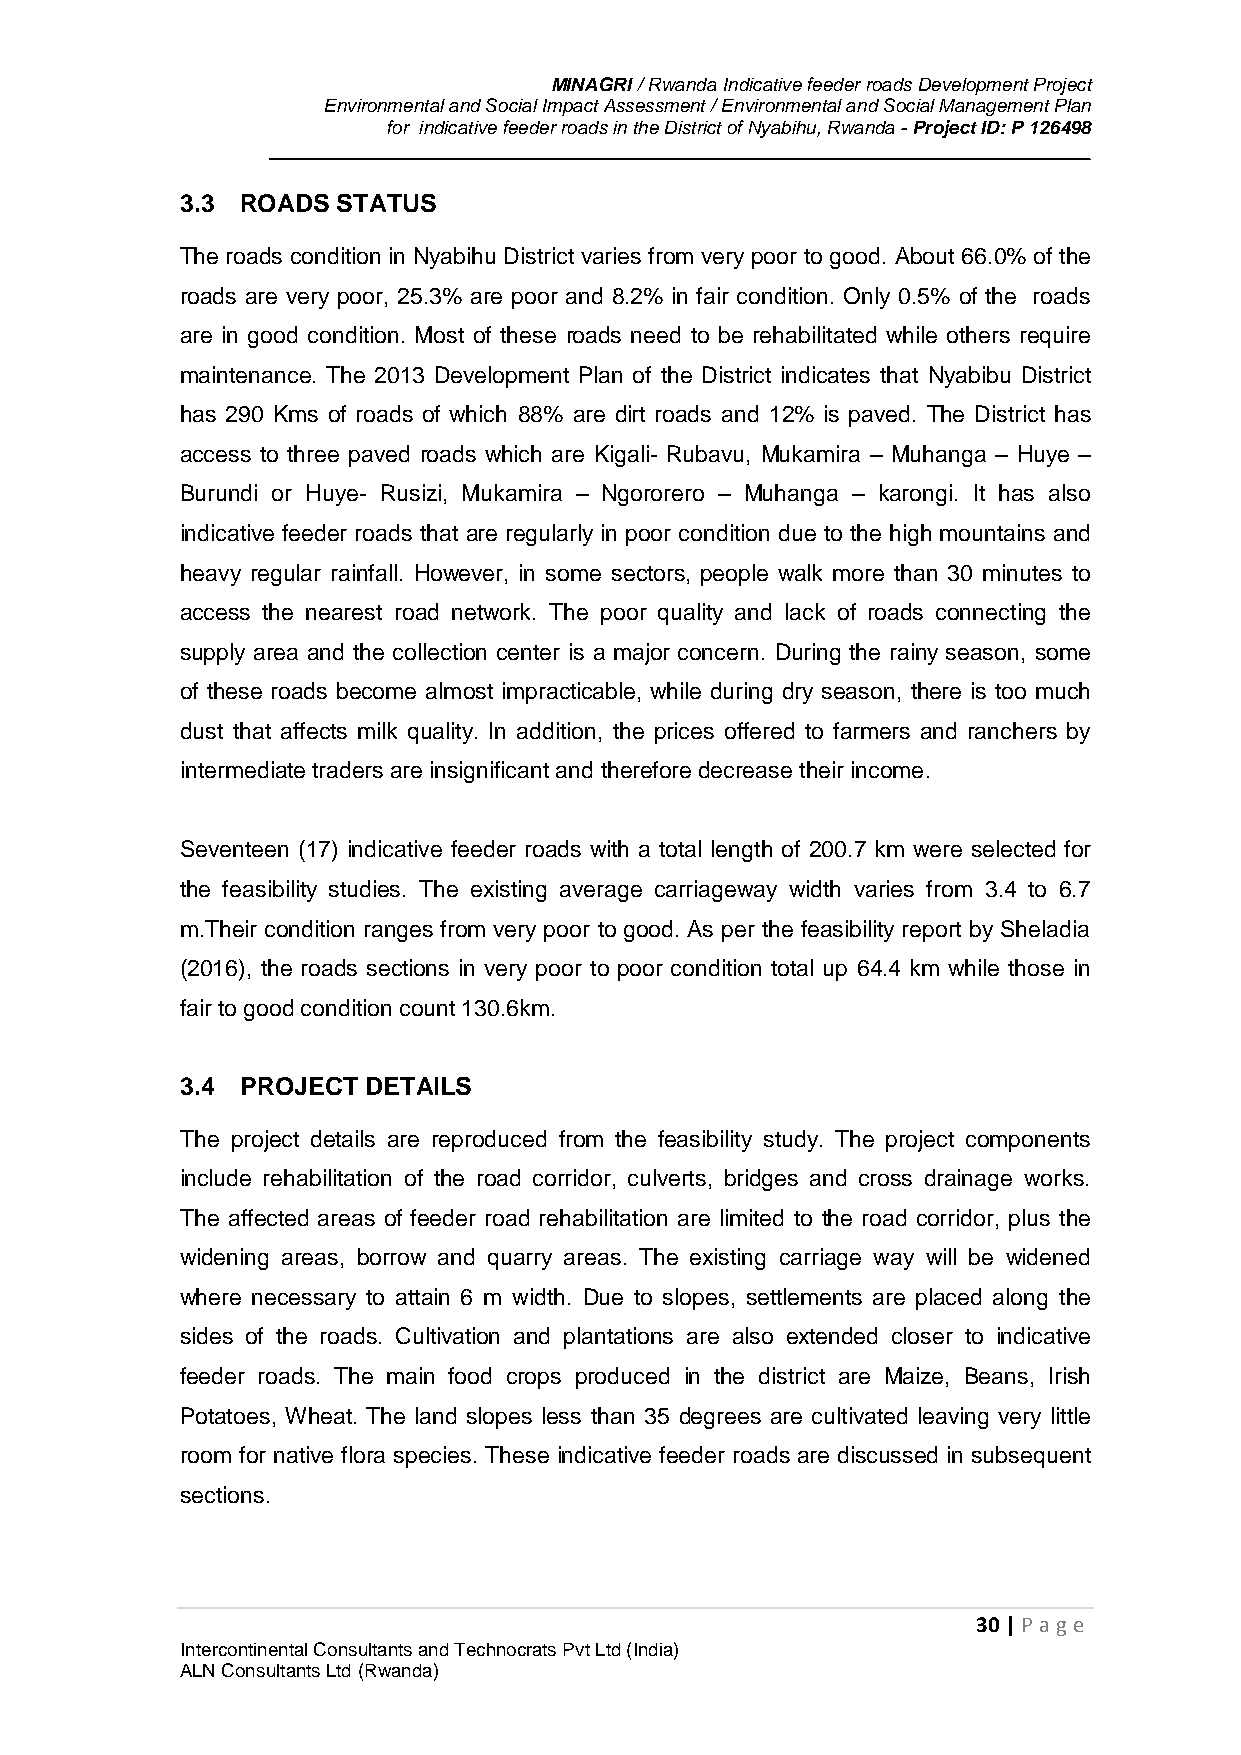
MINAGRI / Rwanda Indicative feeder roads Development Project
 Environmental and Social Impact Assessment / Environmental and Social Management Plan
 for indicative feeder roads in the District of Nyabihu, Rwanda - Project ID: P 126498
 3.3 ROADS STATUS
 The roads condition in Nyabihu District varies from very poor to good. About 66.0% of the
 roads are very poor, 25.3% are poor and 8.2% in fair condition. Only 0.5% of the roads
 are in good condition. Most of these roads need to be rehabilitated while others require
 maintenance. The 2013 Development Plan of the District indicates that Nyabibu District
 has 290 Kms of roads of which 88% are dirt roads and 12% is paved. The District has
 access to three paved roads which are Kigali- Rubavu, Mukamira – Muhanga – Huye –
 Burundi or Huye- Rusizi, Mukamira – Ngororero – Muhanga – karongi. It has also
 indicative feeder roads that are regularly in poor condition due to the high mountains and
 heavy regular rainfall. However, in some sectors, people walk more than 30 minutes to
 access the nearest road network. The poor quality and lack of roads connecting the
 supply area and the collection center is a major concern. During the rainy season, some
 of these roads become almost impracticable, while during dry season, there is too much
 dust that affects milk quality. In addition, the prices offered to farmers and ranchers by
 intermediate traders are insignificant and therefore decrease their income.
 Seventeen (17) indicative feeder roads with a total length of 200.7 km were selected for
 the feasibility studies. The existing average carriageway width varies from 3.4 to 6.7
 m.Their condition ranges from very poor to good. As per the feasibility report by Sheladia
 (2016), the roads sections in very poor to poor condition total up 64.4 km while those in
 fair to good condition count 130.6km.
 3.4 PROJECT DETAILS
 The project details are reproduced from the feasibility study. The project components
 include rehabilitation of the road corridor, culverts, bridges and cross drainage works.
 The affected areas of feeder road rehabilitation are limited to the road corridor, plus the
 widening areas, borrow and quarry areas. The existing carriage way will be widened
 where necessary to attain 6 m width. Due to slopes, settlements are placed along the
 sides of the roads. Cultivation and plantations are also extended closer to indicative
 feeder roads. The main food crops produced in the district are Maize, Beans, Irish
 Potatoes, Wheat. The land slopes less than 35 degrees are cultivated leaving very little
 room for native flora species. These indicative feeder roads are discussed in subsequent
 sections.
 30 | P age
 Intercontinental Consultants and Technocrats Pvt Ltd (India)
 ALN Consultants Ltd (Rwanda)